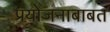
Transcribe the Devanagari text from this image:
प्रयोजनाबाबत